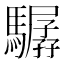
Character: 驏